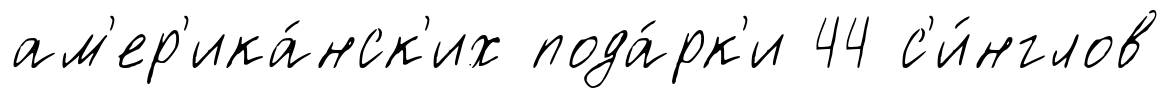
ам'ер'ика́нск'их пода́рк'и 44 с'и́нглов